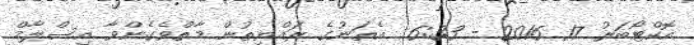
އޮކްޓޯބަރު 17